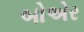
બોએર